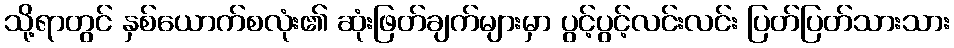
သို့ရာတွင် နှစ်ယောက်စလုံး၏ ဆုံးဖြတ်ချက်များမှာ ပွင့်ပွင့်လင်းလင်း ပြတ်ပြတ်သားသား